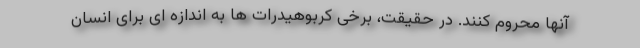
آنها محروم کنند. در حقیقت، برخی کربوهیدرات ها به اندازه ای برای انسان